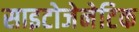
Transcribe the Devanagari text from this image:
साइटोजेनेटिक